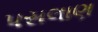
પસલાણ